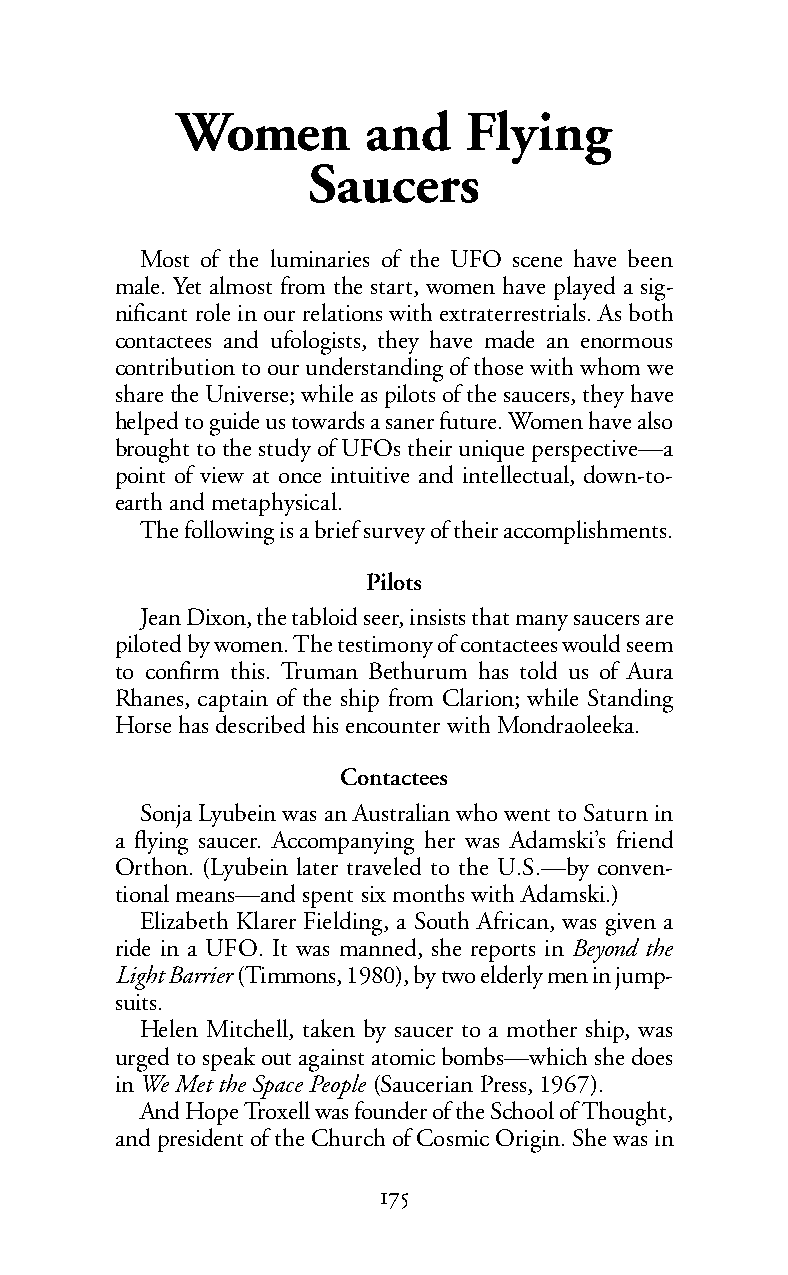
Women       and    Flying
 Saucers
 Most of the luminaries of the UFO scene have been
 male. Yet almost from the start, women have played a sig-
 nificant role in our relations with extraterrestrials. As both
 contactees and ufologists, they have made an enormous
 contribution to our understanding of those with whom we
 sharethe Universe; while as pilots of the saucers, they have
 helped to guide us towards a saner future. Women have also
 brought to the study of UFOs their unique perspective—a
 point of view at once intuitive and intellectual, down-to-
 earth and metaphysical.
 The following is a brief survey of their accomplishments.
 Pilots
 Jean Dixon, the tabloid seer, insists that many saucers are
 piloted by women. The testimony of contactees would seem
 to confirm this. Truman Bethurum has told us of Aura
 Rhanes, captain of the ship from Clarion; while Standing
 Horse has described his encounter with Mondraoleeka.
 Contactees
 Sonja Lyubein was an Australian who went to Saturn in
 a flying saucer. Accompanying her was Adamski’s friend
 Orthon. (Lyubein later traveled to the U.S.—by conven-
 tional means—and spent six months with Adamski.)
 Elizabeth Klarer Fielding, a South African, was given a
 ride in a UFO. It was manned, she reports in Beyond the
 Light Barrier(Timmons, 1980), by two elderly men in jump-
 suits.
 Helen Mitchell, taken by saucer to a mother ship, was
 urgedto speak out against atomic bombs—which she does
 inWe Met the Space People (Saucerian Press, 1967).
 And Hope Troxell was founder of the School ofThought,
 and president of the Church of Cosmic Origin. She was in
 